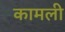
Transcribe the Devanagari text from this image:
कामली